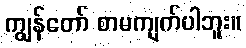
ကျွန်တော် စာမကျက်ပါဘူး။